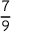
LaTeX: \frac { 7 } { 9 }